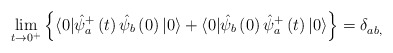
\begin{align*}\lim_{t\rightarrow 0^{+}}\left\{ \langle 0|\hat{\psi}_a^{+}\left( t\right) \hat{\psi}_b\left( 0\right) |0\rangle +\langle 0|\hat{\psi}_b\left( 0\right) \hat{\psi}_a^{+}\left( t\right) |0\rangle \right\} =\delta _{ab,}^{}\end{align*}